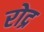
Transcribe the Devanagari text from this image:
रोद्र